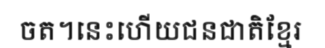
ចត។នេះហើយជនជាតិខ្មែរ